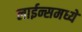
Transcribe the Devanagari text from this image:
लाईन्समध्ये